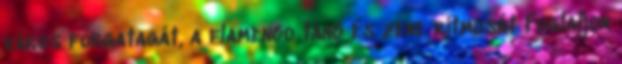
város forgatagát, a flamenco tánc és zene ritmusát Foglaljon